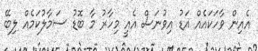
އެއިން ވާހަކައެއް އަޑު އިވުނަސް އެއީ މިހާރު މާ ބޮޑު ސަމާލުކަމެއް ލިބޭ